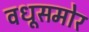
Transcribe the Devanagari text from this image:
वधूसमोर